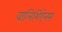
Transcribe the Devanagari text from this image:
वालिशिऐनम